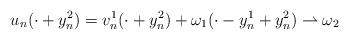
LaTeX: \begin{gather*}u_n(\cdot + y_n^2)=v_n^1(\cdot + y_n^2)+\omega_1(\cdot -y_n^1+y_n^2)\rightharpoonup \omega_2\end{gather*}